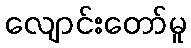
လျောင်းတော်မူ